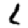
Digit: 8